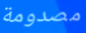
مصدومة